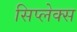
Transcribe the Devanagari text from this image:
सिप्लेक्स